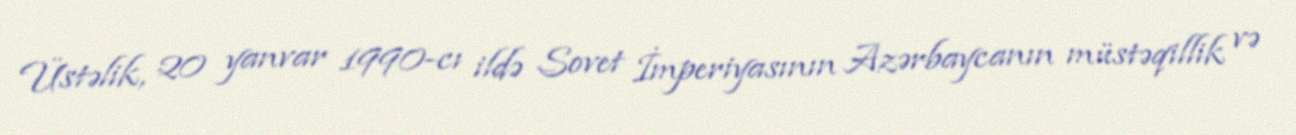
Üstəlik, 20 yanvar 1990-cı ildə Sovet İmperiyasının Azərbaycanın müstəqillik və